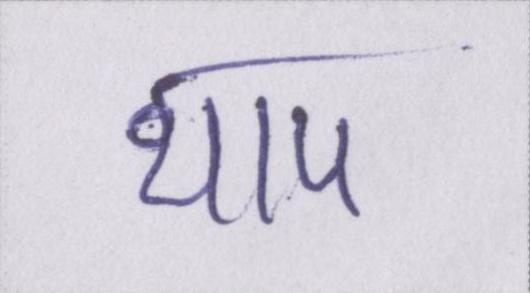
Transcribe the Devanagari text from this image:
थाप